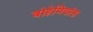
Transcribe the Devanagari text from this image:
बोहेमियांस